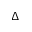
\Delta